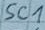
Text: SC1